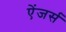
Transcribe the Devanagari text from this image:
ऐंजर्स